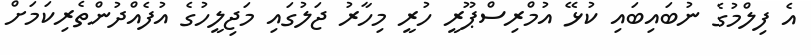
އެ ފިލްމުގެ ނުބައިބައި ކުޅޭ އުމްރިސްޕޫރީ ހުރީ މިހާރު ޖަލުގައި މަޖިލީހުގެ އުފެއްދުންތެރިކަމަށް